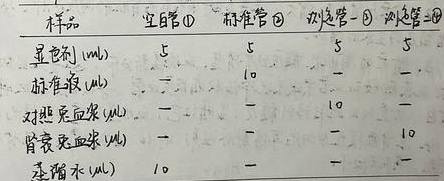
\begin{tabular}{l|l|l|l|l}
样品 & 空白管\textcircled{1} & 标准管\textcircled{2} & 对照管\textcircled{3} & 测定管\textcircled{4} \\
\hline
显色剂(\text{mL}) & 5 & 5 & 5 & 5 \\
\hline
标准液(\text{mL}) & -- & 10 & -- & -- \\
\hline
对照兔血浆(\text{mL}) & -- & -- & 10 & -- \\
\hline
肾衰兔血浆(\text{mL}) & -- & -- & -- & 10 \\
\hline
蒸馏水(\text{mL}) & 10 & -- & -- & --
\end{tabular}